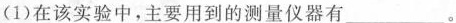
(1)在该实验中，主要用到的测量仪器有___。